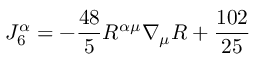
J _ { 6 } ^ { \alpha } = - \frac { 4 8 } { 5 } R ^ { \alpha \mu } \nabla _ { \mu } R + { \frac { 1 0 2 } { 2 5 } }